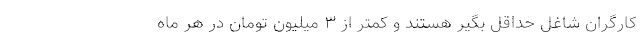
کارگران شاغل حداقل بگیر هستند و کمتر از ۳ میلیون تومان در هر ماه